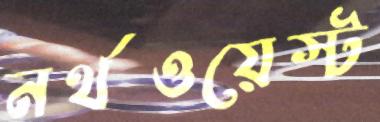
নর্থওয়েস্ট